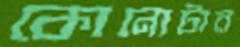
কোনোটার